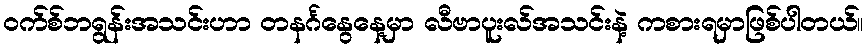
ဝက်စ်ဘရွန်းအသင်းဟာ တနင်္ဂနွေနေ့မှာ လီဗာပူးလ်အသင်းနဲ့ ကစားရမှာဖြစ်ပါတယ်။